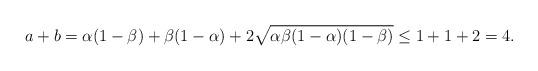
LaTeX: \begin{align*}a+b=\alpha(1-\beta)+\beta(1-\alpha)+2\sqrt{\alpha\beta(1-\alpha)(1-\beta)}\leq 1+1+2=4.\end{align*}